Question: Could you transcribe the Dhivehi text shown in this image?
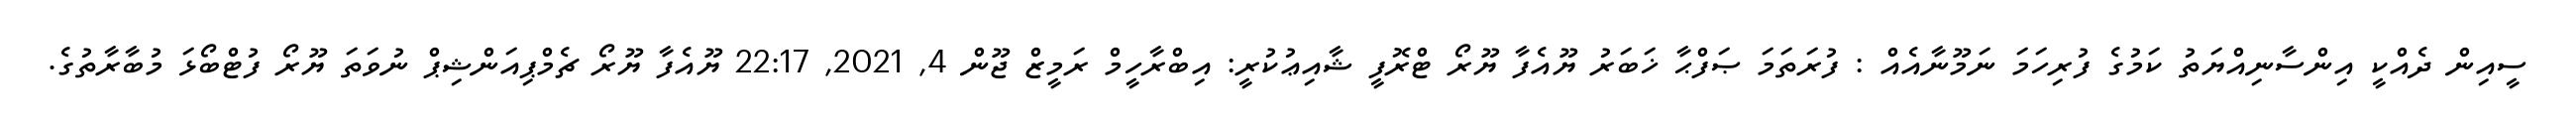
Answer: ސީއިން ދެއްކީ އިންސާނިއްޔަތު ކަމުގެ ފުރިހަމަ ނަމޫނާއެއް : ފުރަތަމަ ޞަފްޙާ ޚަބަރު ޔޫއެފާ ޔޫރޯ ޓްރޮފީ ޝާއިޢުކުރީ: އިބްރާހީމް ރަމީޒް ޖޫން 4, 2021, 22:17 ޔޫއެފާ ޔޫރޯ ޗެމްޕިއަންޝިޕް ނުވަތަ ޔޫރޯ ފުޓްބޯޅަ މުބާރާތުގެ.